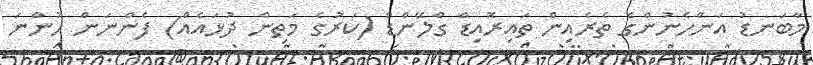
މާބަނޑު އަންހެނުންގެ ތެރެއިން ތައިރޮއިޑް ގްލޭންޑް (ކަރުގެ މަތިން ދުޅައެއް) ފެންނަން ހުންނަ